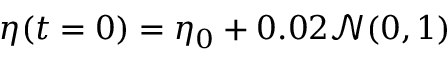
\eta ( t = 0 ) = \eta _ { 0 } + 0 . 0 2 \mathcal { N } ( 0 , 1 )